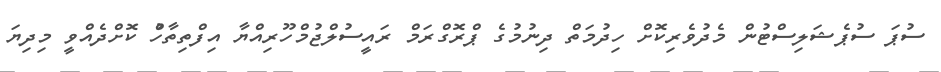
ސުޕަ ސުޕެޝަލިސްޓުން މެދުވެރިކޮށް ހިދުމަތް ދިނުމުގެ ޕްރޮގްރަމް ރައީސުލްޖުމްހޫރިއްޔާ އިފްތިތާހްު ކޮށްދެއްވީ މިދިޔަ